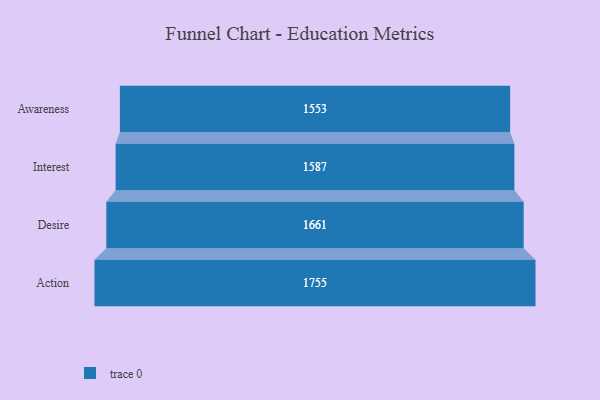
{"axis": {"x": "Stage", "y": "Value"}, "legend": [""], "data": [{"x": "Awareness", "y": 1553.0, "type": ""}, {"x": "Interest", "y": 1587.0, "type": ""}, {"x": "Desire", "y": 1661.0, "type": ""}, {"x": "Action", "y": 1755.0, "type": ""}]}